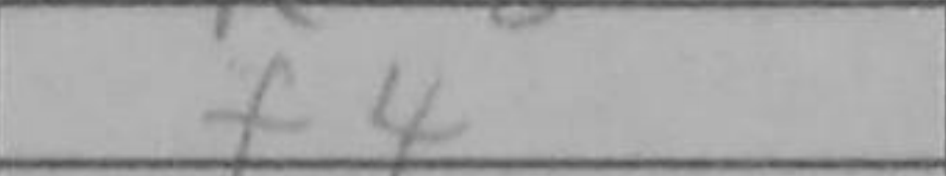
Transcription: f4